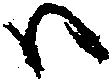
ハ